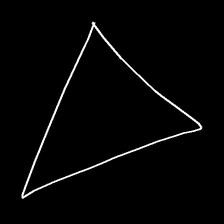
Glyph: convergence